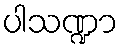
ပါသဏ္ဍာ